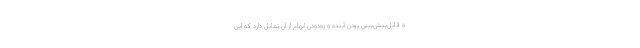
و قابل‌پیش‌بینی بودن آینده و زودودن ابهام از آن تمایل دارد که این